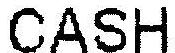
CASH